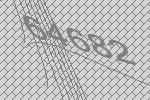
64682